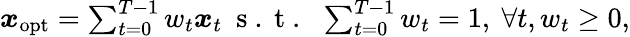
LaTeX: \begin{array}{r}{\boldsymbol{x}_{\mathrm{opt}}=\sum_{t=0}^{T-1}w_{t}\boldsymbol{x}_{t}\ \mathrm{~s~.~t~.~}\ \sum_{t=0}^{T-1}w_{t}=1,\ \forall t,w_{t}\geq 0,}\end{array}